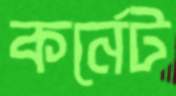
কর্নেট